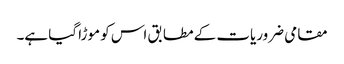
مقامی ضروریات کے مطابق اس کو موڑا گیا ہے۔